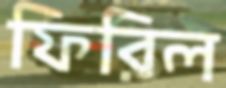
ফিরিল